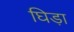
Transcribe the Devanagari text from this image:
घिड़ा